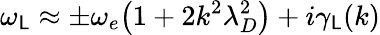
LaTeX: \omega_{\mathsf{L}}\approx\pm\omega_{e}\big(1+2k^{2}\lambda_{D}^{2}\big)+i\gamma_{\mathsf{L}}(k)